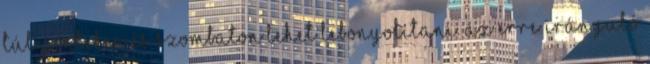
túl pénteken és szombaton lehet lebonyolítani. Az erre irányuló